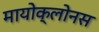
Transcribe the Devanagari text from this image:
मायोक्लोनस